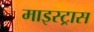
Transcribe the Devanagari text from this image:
माइस्ट्रास